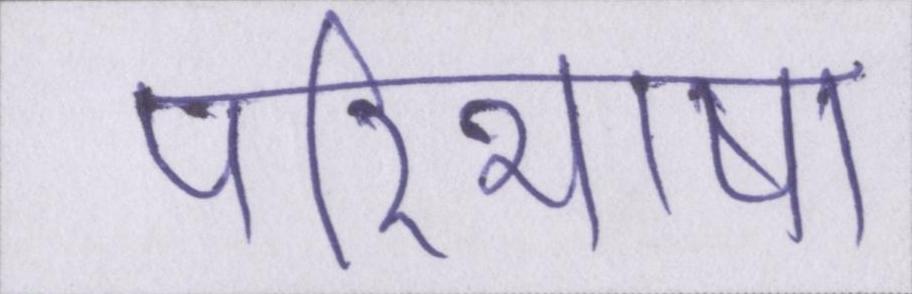
परिभाषा